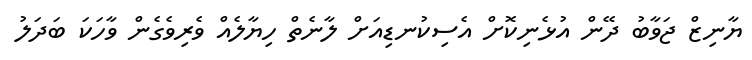
ޔާނިޒް ޖަވާބު ދޭން އުޅެނިކޮށް އެސިކުނޑިއަށް ލާނެތް ހިޔާލެއް ވެރިވެގެން ވާހަކަ ބަދަލު